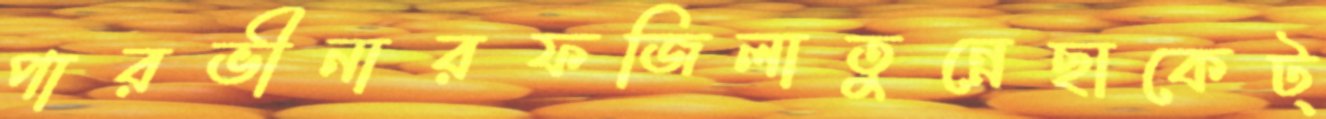
পারভীনারফজিলাতুন্নেছাকেট্